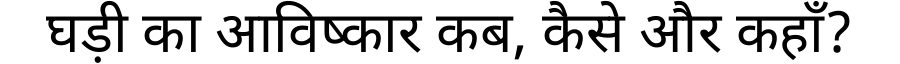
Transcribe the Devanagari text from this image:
घड़ी का आविष्कार कब, कैसे और कहाँ?